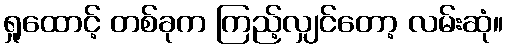
ရှုထောင့် တစ်ခုက ကြည့်လျှင်တော့ လမ်းဆုံ။